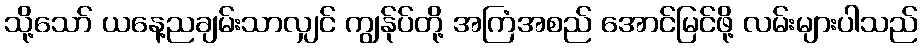
သို့သော် ယနေ့ညချမ်းသာလျှင် ကျွန်ုပ်တို့ အကြံအစည် အောင်မြင်ဖို့ လမ်းများပါသည်